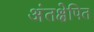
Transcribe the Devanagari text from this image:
अंतक्षेपित